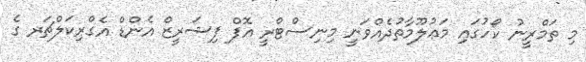
މި ތަމްރީނު ކޯހުގައި މަޢުލޫމާތުދެއްވަނީ މިނިސްޓްރީ އޮފް ފިޝަރީޒް އެންޑް އެގްރިކަލްޗަރ ގެ